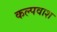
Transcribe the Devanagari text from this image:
कल्पवाश